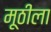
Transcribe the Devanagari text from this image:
मूठीला